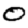
Digit: 0